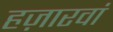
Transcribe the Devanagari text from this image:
हज़ारवां